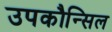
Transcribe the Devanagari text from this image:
उपकौन्सिल